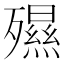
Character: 𣩯